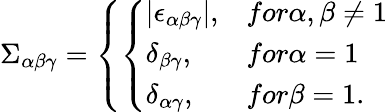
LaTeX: \Sigma_{\alpha\beta\gamma}=\left\{ \left\{ \begin{array}{ll}{{|\epsilon_{\alpha\beta\gamma}|,}}&{{for\alpha,\beta\ne 1}}\\ {{\delta_{\beta\gamma},}}&{{for\alpha=1}}\\ {{\delta_{\alpha\gamma},}}&{{for\beta=1.}}\end{array}\right.\right.